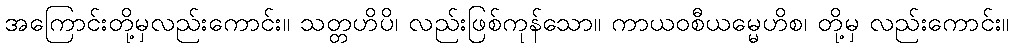
အကြောင်းတို့မှလည်းကောင်း။ သတ္တဟိပိ၊ လည်းဖြစ်ကုန်သော။ ကာယဝစီယမ္မေဟိစ၊ တို့မှ လည်းကောင်း။